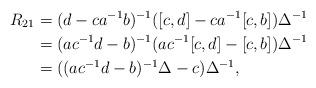
LaTeX: \begin{align*}R_{21}&=(d-ca^{-1}b)^{-1}([c,d]-ca^{-1}[c,b])\Delta^{-1}\\&=(ac^{-1}d-b)^{-1}(ac^{-1}[c,d]-[c,b])\Delta^{-1}\\&=((ac^{-1}d-b)^{-1}\Delta-c)\Delta^{-1},\end{align*}